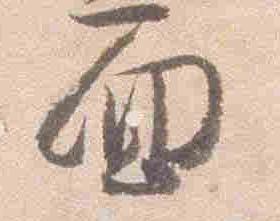
面